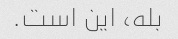
بله، این است.